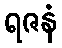
ရဇနံ